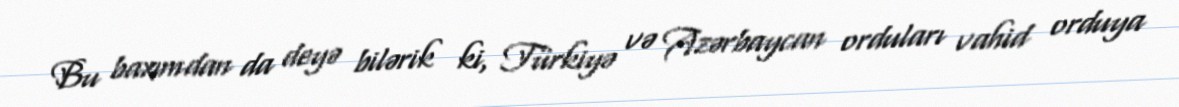
Bu baxımdan da deyə bilərik ki, Türkiyə və Azərbaycan orduları vahid orduya